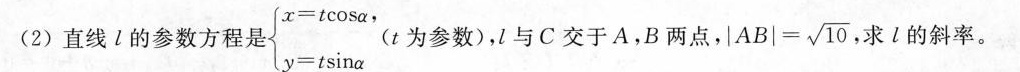
(2)直线l的参数方程是 $$\begin{cases} x = t \cos _ { α }，\\ y = t \sin _ { α } \end{cases}$$(t为参数)，l与C交于A，B两点，$$\left | A B \right | = \sqrt { 10 }$$求l的斜率。